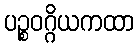
ပဉ္စဝဂ္ဂိယကထာ